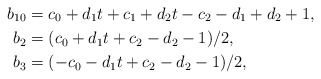
\begin{align*}b_{10} &= c_0 + d_1 t + c_1 + d_2 t - c_2 - d_1 + d_2 + 1, \\ b_2 &= (c_0 + d_1 t + c_2 - d_2 - 1)/2, \\ b_3 &= (-c_0 - d_1 t + c_2 - d_2 - 1)/2,\end{align*}